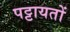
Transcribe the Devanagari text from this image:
पट्टायतों